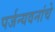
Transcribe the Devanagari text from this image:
पर्जन्यवनांचे